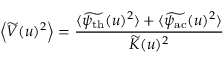
\left\langle \widetilde { V } ( u ) ^ { 2 } \right\rangle = \frac { \langle \widetilde { \psi _ { \mathrm { t h } } } ( u ) ^ { 2 } \rangle + \langle \widetilde { \psi _ { \mathrm { a c } } } ( u ) ^ { 2 } \rangle } { \widetilde { K } ( u ) ^ { 2 } }